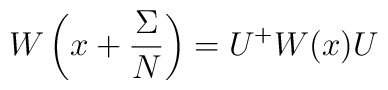
W\left(x + \frac{\Sigma}{N}\right) = U^+ W(x) U